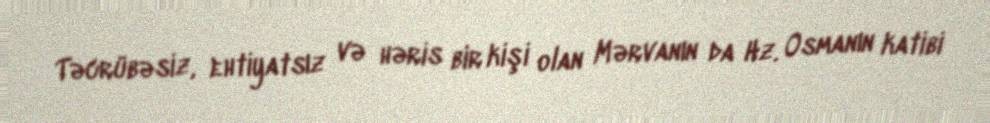
Təcrübəsiz, ehtiyatsız və həris bir kişi olan Mərvanın da Hz. Osmanın katibi